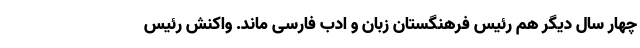
چهار سال دیگر هم رئیس فرهنگستان زبان و ادب فارسی ماند. واکنش رئیس